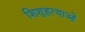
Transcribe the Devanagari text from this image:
शिशुहत्याओं